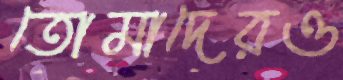
তোমাদেরও